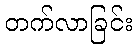
တက်လာခြင်း